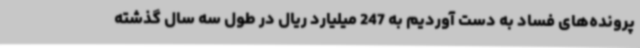
پرونده‌های فساد به دست آوردیم به 247 میلیارد ریال در طول سه سال گذشته